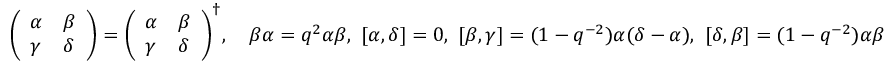
{ \left( \begin{array} { l l } { \alpha } & { \beta } \\ { \gamma } & { \delta } \end{array} \right) } = { \left( \begin{array} { l l } { \alpha } & { \beta } \\ { \gamma } & { \delta } \end{array} \right) } ^ { \dagger } , \quad \beta \alpha = q ^ { 2 } \alpha \beta , \ [ \alpha , \delta ] = 0 , \ [ \beta , \gamma ] = ( 1 - q ^ { - 2 } ) \alpha ( \delta - \alpha ) , \ [ \delta , \beta ] = ( 1 - q ^ { - 2 } ) \alpha \beta